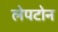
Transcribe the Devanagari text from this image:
लेपटोन